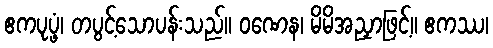
ဧကပုပ္ဖံ၊ တပွင့်သောပန်းသည်။ ဝဏေန၊ မိမိအညှာဖြင့်။ ဧကဿ၊